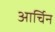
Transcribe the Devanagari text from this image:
आर्चिन